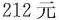
212元